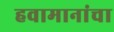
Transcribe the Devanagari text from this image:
हवामानांचा